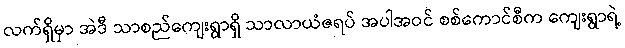
လက်ရှိမှာ အဲဒီ သာစည်ကျေးရွာရှိ သာလာယံဇရပ် အပါအဝင် စစ်ကောင်စီက ကျေးရွာရဲ့